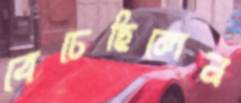
বেচেছিলেন